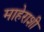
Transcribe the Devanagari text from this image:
माहेराशी